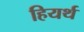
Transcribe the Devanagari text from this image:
हियर्थ